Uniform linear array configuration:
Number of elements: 64
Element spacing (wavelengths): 0.75
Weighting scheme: hann
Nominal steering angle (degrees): -45
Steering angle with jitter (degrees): -43.146
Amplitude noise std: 0.05
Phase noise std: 0.05

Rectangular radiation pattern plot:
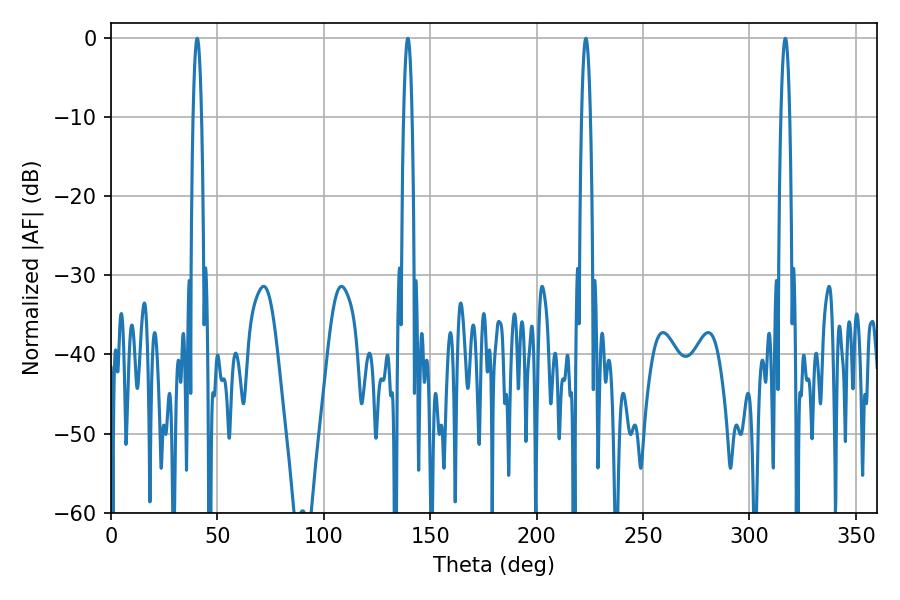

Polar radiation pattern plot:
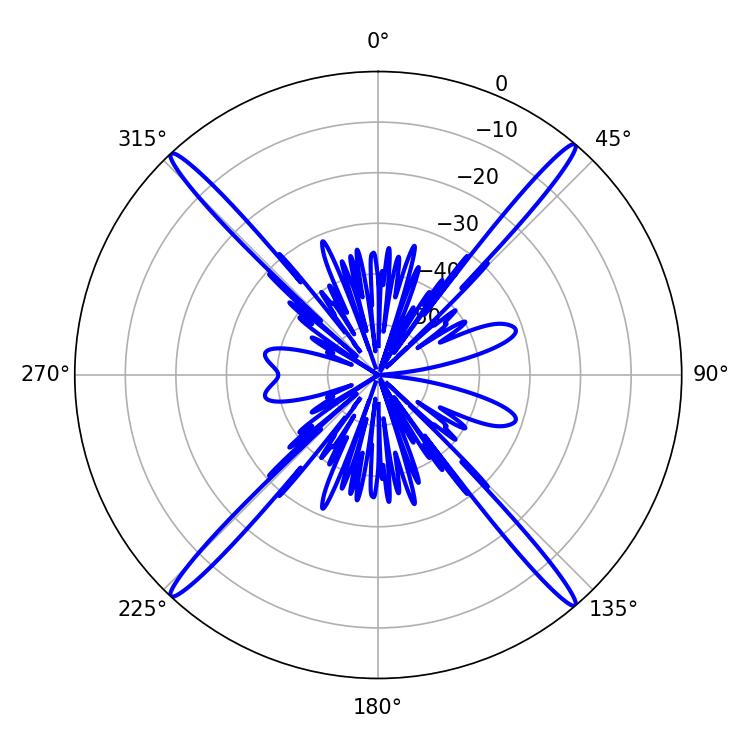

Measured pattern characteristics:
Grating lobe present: TRUE
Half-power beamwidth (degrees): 2.16
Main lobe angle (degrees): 139.5